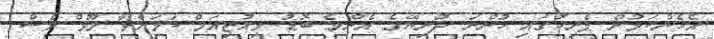
އެހެންކަމުން ޕެރިހުގައި ހުންނަ ދުނިޔޭގެ އެންމެ ބޮޑު މިއުޒިއަމް ކަމަށްވާ ލޫވް ވެސް